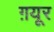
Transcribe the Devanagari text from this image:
ग़यूर